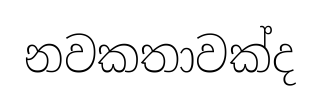
නවකතාවක්ද